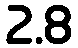
2.8